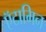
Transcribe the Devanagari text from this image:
ऍटामिन